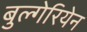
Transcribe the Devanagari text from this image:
बुल्गेरियेन